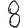
Digit: 8